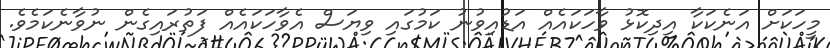
މީހަކަށް އަނެކަކާ އިދިކޮޅު ވާހަކައެއް އަޑުއިވުނު ކަމުގައި ވިޔަސް އެވާހަކައެއް ފަތުރައިގެން ނުވާނެކަމެވެ.